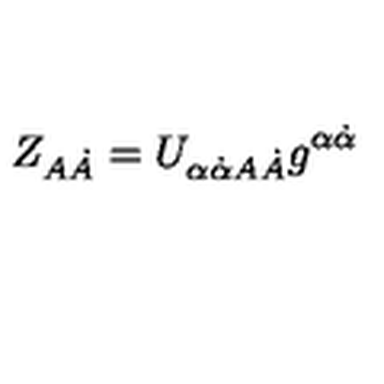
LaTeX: Z _ { A \dot { A } } = U _ { \alpha \dot { \alpha } A \dot { A } } g ^ { \alpha \dot { \alpha } }